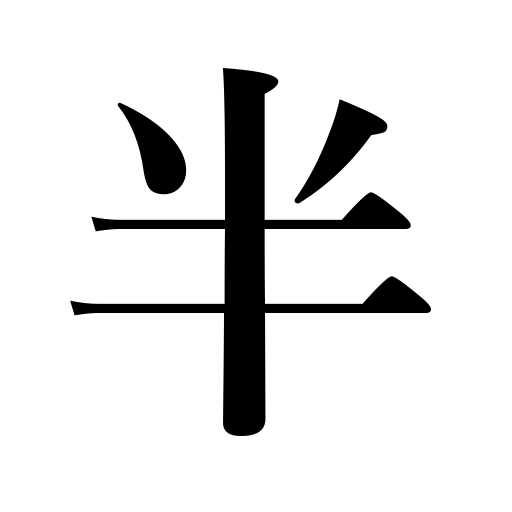
Meanings: odd number,hemi,halfway,demi,partly,semi,half,middle